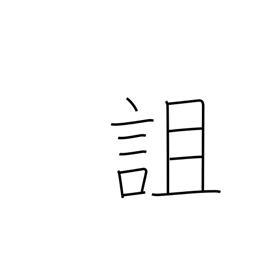
Meaning: curse